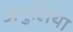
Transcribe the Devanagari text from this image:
अगुलिया